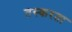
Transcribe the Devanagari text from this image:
तस्करता